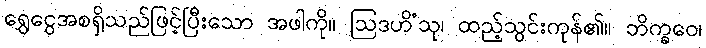
ရွှေငွေအစရှိသည်ဖြင့်ပြီးသော အဖါကို။ ဩဒဟိံသု၊ ထည့်သွင်းကုန်၏။ ဘိက္ခဝေ၊